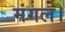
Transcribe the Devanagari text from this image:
मंगल।